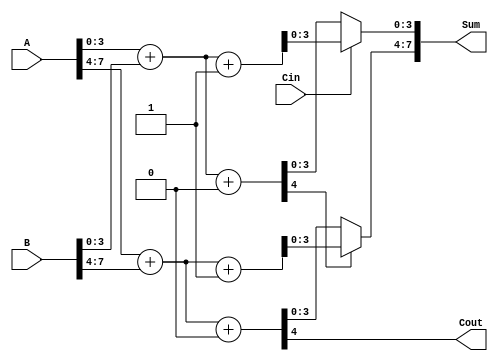
module CarrySelectAdder (
    input [7:0] A,         // 8-bit input A
    input [7:0] B,         // 8-bit input B
    input Cin,             // Carry input
    output [7:0] Sum,      // 8-bit sum output
    output Cout            // Carry output
);

    wire [3:0] Sum0_0, Sum0_1; // Sums for first segment (Cin = 0 and Cin = 1)
    wire [3:0] Sum1_0, Sum1_1; // Sums for second segment (Cin = 0 and Cin = 1)
    wire Cout0, Cout1;         // Carry outputs for segments

    // First segment (A[3:0] + B[3:0])
    assign {Cout0, Sum0_0} = A[3:0] + B[3:0] + 0; // Cin = 0
    assign {Cout0, Sum0_1} = A[3:0] + B[3:0] + 1; // Cin = 1

    // Second segment (A[7:4] + B[7:4])
    assign {Cout1, Sum1_0} = A[7:4] + B[7:4] + 0; // Cin = 0
    assign {Cout1, Sum1_1} = A[7:4] + B[7:4] + 1; // Cin = 1

    // MUX for selecting the sum and carry based on Cout0
    assign Sum[3:0] = (Cin == 0) ? Sum0_0 : Sum0_1; // Select sum for first segment
    assign Sum[7:4] = (Cout0 == 0) ? Sum1_0 : Sum1_1; // Select sum for second segment

    // Final carry output
    assign Cout = (Cout0 == 0) ? Cout1 : Cout1; // Final carry out based on Cout0

endmodule